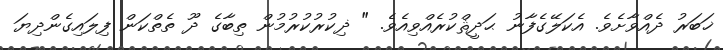
ޚަބަރު ދެއްވާށެވެ. އެކަލޭގެފާނު ޙަދީޘްކުރެއްވިއެވެ. " ޛިކުރުކުރުމުން ތިބާގެ ދޫ ތެތްކަން ފިލައިގެންދިޔަ